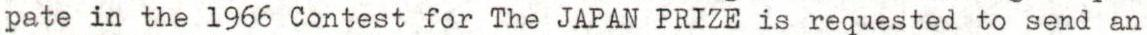
pate in the 1966 Contest for The JAPAN PRIZE is requested to send an